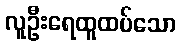
လူဦးရေထူထပ်သော